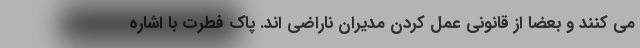
می کنند و بعضا از قانونی عمل کردن مدیران ناراضی اند. پاک فطرت با اشاره